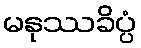
မနုဿခိပ္ပံ